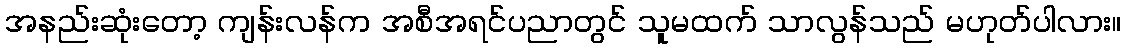
အနည်းဆုံးတော့ ကျန်းလန်က အစီအရင်ပညာတွင် သူမထက် သာလွန်သည် မဟုတ်ပါလား။